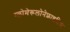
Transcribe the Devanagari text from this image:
ग्लोमेरूलोनेफ्राइटिस